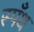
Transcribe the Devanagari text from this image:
स्पँथ